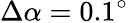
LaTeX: \Delta\alpha=0.1^{\circ}